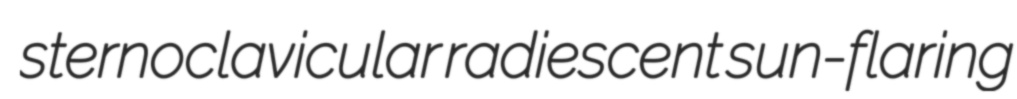
sternoclavicular radiescent sun-flaring